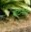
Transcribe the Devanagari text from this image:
बोटीसेली